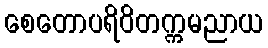
စေတောပရိဝိတက္ကမညာယ